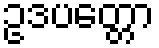
ဥဒပတ္တော